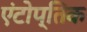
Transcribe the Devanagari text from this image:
एंटोप्तिक